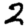
Digit: 2